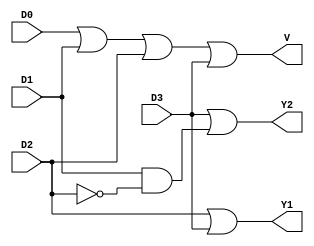
`timescale 1ns / 1ps
//////////////////////////////////////////////////////////////////////////////////
// Company: 
// Engineer: 
// 
// Design Name: 
// Module Name: ENCODER
// Project Name: 
// Target Devices: 
// Tool Versions: 
// Description: 
// 
// Dependencies: 
// 
// Revision:
// Revision 0.01 - File Created
// Additional Comments:
// 
//////////////////////////////////////////////////////////////////////////////////


module ENCODER(
    input D0, D1, D2, D3,
    output Y1, Y2, V
    );
    
    wire T1;
    
    and(T1, D1, ~D2);
    
    or(V, D0, D1, D2, D3);
    or(Y1, D2, D3);
    or(Y2, D3, T1);
    
endmodule


//////////////////////////////////////////////////////////////////////////////////


module ENCODER_DATAFLOW(
    input D0, D1, D2, D3,
    output Y1, Y2, V
    );
    
    assign V = D0| D1 | D2 | D3;
    assign Y1 = D3 | D2;
    assign Y2 = (D1 & (~D2)) | D3;
endmodule


//////////////////////////////////////////////////////////////////////////////////


module ENCODER_BEHAV(
    input D0, D1, D2, D3,
    output reg Y1, Y2, V
    );
    
    always@(D0, D1, D2, D3)
    begin
        casex({D0, D1, D2, D3})
            4'b0000:
                begin
                    V = 1'b0;
                    Y1 = 1'bx;
                    Y2 = 1'bx;
                end
                
            4'b1000:
                begin
                    V = 1'b1;
                    Y1 = 1'bz;
                    Y2 = 1'b1;
                end
                
            4'bx100:
                begin
                    V = 1'b1;
                    Y1 = 1'bx;
                    Y2 = 1'b1;
                end
            
            4'bxx10:
                begin
                    V = 1'b1;
                    Y1 = 1'b1;
                    Y2 = 1'bx;
                end
                
            4'bxxx1:
                begin
                    V = 1'b1;
                    Y1 = 1'b1;
                    Y2 = 1'b1;
                end
        endcase
    end
endmodule